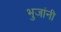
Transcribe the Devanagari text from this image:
भुजांनी